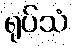
ရုပ်သံ